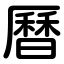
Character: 曆